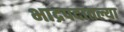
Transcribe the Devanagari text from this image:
भाद्रपदातल्या